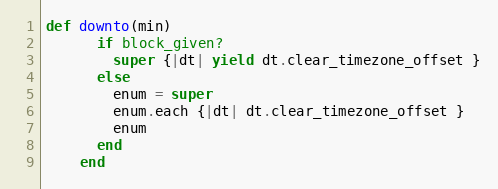
Language: Ruby
def downto(min)
      if block_given?
        super {|dt| yield dt.clear_timezone_offset }
      else
        enum = super
        enum.each {|dt| dt.clear_timezone_offset }
        enum
      end
    end